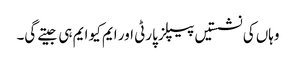
وہاں کی نشستیں پیپلز پارٹی اور ایم کیو ایم ہی جیتے گی۔